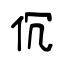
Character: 伔